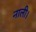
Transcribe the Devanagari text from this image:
नाली।